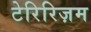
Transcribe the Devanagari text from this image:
टेरिरिज़म